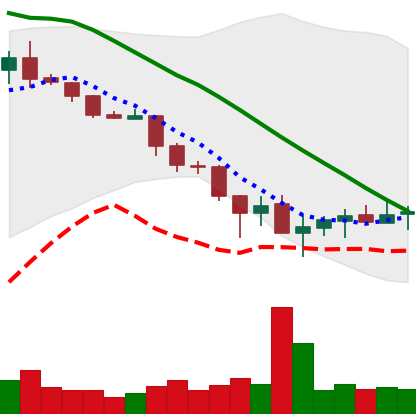
Ticker: XLM-USD
Chart end date: 2019-11-30
Forward return: -6.913%
Label: down_5_7